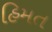
હિમત